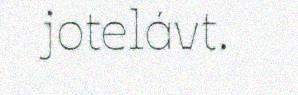
jotelávt.